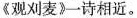
《观刈麦》一诗相近。